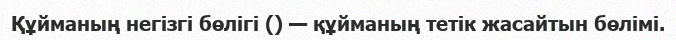
Құйманың негізгі бөлігі () — құйманың тетік жасайтын бөлімі.